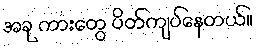
အခု ကားတွေ ပိတ်ကျပ်နေတယ်။